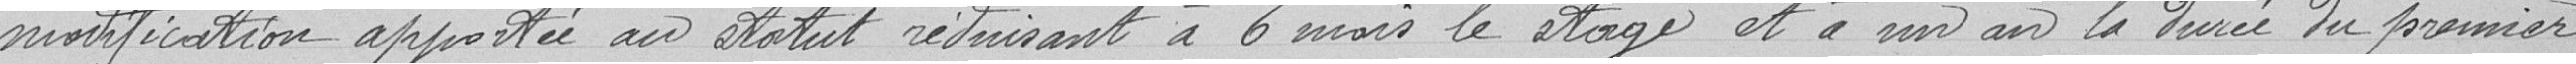
modification apportée au statut réduisant à 6 mois le stage et à un an la durée du premier